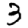
Digit: 3